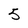
Character: 5